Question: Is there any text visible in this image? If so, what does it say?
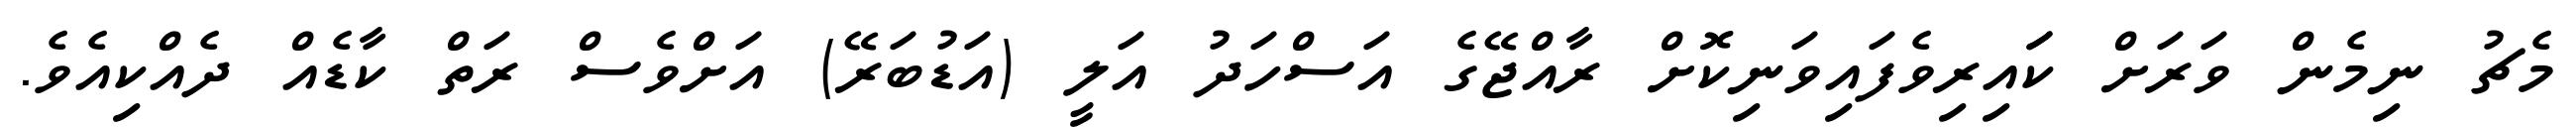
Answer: މެޗު ނިމެން ވަރަށް ކަައިރިވެފައިވަނިކޮށް ރާއްޖޭގެ އަސްހަދު އަލީ (އަޑުބަރޭ) އަށްވެސް ރަތް ކާޑެއް ދެއްކިއެވެ.